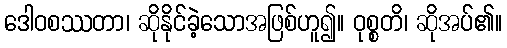
ဒေါဝစဿတာ၊ ဆိုနိုင်ခဲ့သောအဖြစ်ဟူ၍။ ဝုစ္စတိ၊ ဆိုအပ်၏။